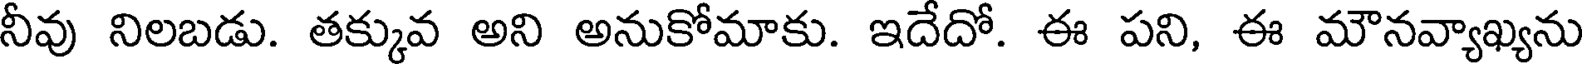
నీవు నిలబడు. తక్కువ అని అనుకోమాకు. ఇదేదో. ఈ పని, ఈ మౌనవ్యాఖ్యను